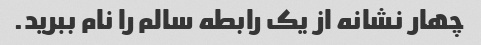
چهار نشانه از یک رابطه سالم را نام ببرید.